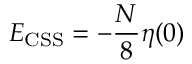
E _ { \mathrm { C S S } } = - \frac { N } { 8 } \eta ( 0 )